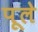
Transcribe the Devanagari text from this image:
पूले